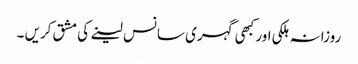
روزانہ ہلکی اور کبھی گہری سانس لینے کی مشق کریں ۔